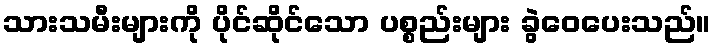
သားသမီးများကို ပိုင်ဆိုင်သော ပစ္စည်းများ ခွဲဝေပေးသည်။